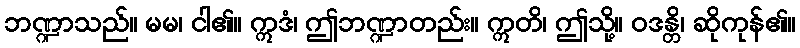
ဘဏ္ဍာသည်။ မမ၊ ငါ၏။ ဣဒံ၊ ဤဘဏ္ဍာတည်း။ ဣတိ၊ ဤသို့။ ဝဒန္တိ၊ ဆိုကုန်၏။